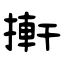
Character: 搟